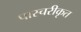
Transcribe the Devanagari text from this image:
पास्चरीकृत